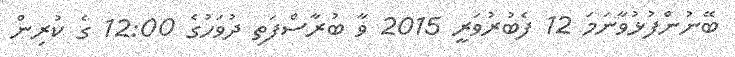
ބޭނުންފުޅުވާނަމަ 12 ފެބުރުވަރީ 2015 ވާ ބުރާސްފަތި ދުވަހުގެ 12:00 ގެ ކުރިން